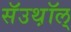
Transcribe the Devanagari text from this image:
सॅउथ़ॉल्